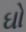
ઘો